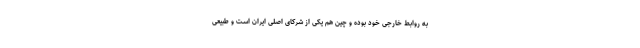
به روابط خارجی خود بوده و چین هم یکی از شرکای اصلی ایران است و طبیعی